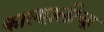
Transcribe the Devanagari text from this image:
काल्हालीचा